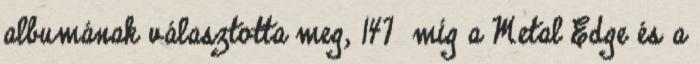
albumának választotta meg, 147 míg a Metal Edge és a